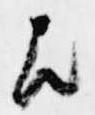
歟